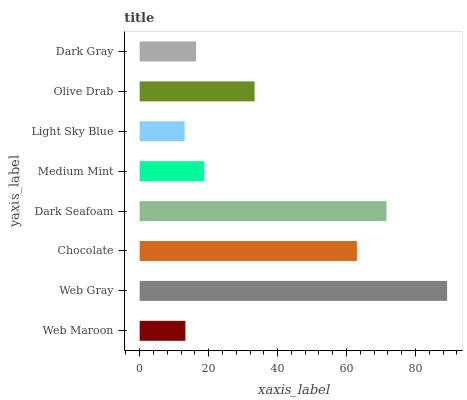
| yaxis_label | bars |
 | --- | --- |
 | Web Maroon | 13.3 |
 | Web Gray | 89.2 |
 | Chocolate | 63 |
 | Dark Seafoam | 71.6 |
 | Medium Mint | 18.7 |
 | Light Sky Blue | 13.1 |
 | Olive Drab | 33.3 |
 | Dark Gray | 16.4 |